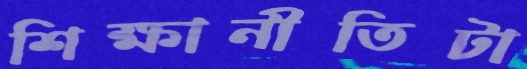
শিক্ষানীতিটা